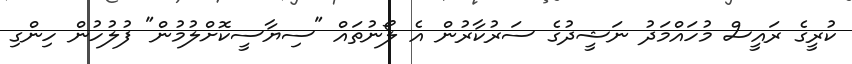
ކުރީގެ ރައީސް މުހައްމަދު ނަޝީދުގެ ސަރުކާރުން އެ ލޯނުތައް "ސިޔާސީކޮށްލުމުން" ފުލުހުން ހިންގި